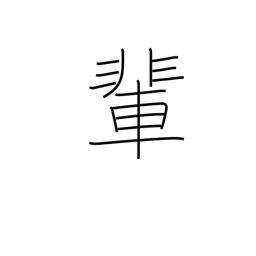
Meaning: companions